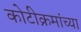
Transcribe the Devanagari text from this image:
कोटीक्रमांच्या